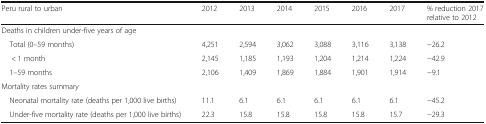
| Peru rural to urban | 2012 | 2013 | 2014 | 2015 | 2016 | 2017 | % reduction 2017 relative to 2012 |
 | --- | --- | --- | --- | --- | --- | --- | --- |
 | <COLSPAN=8> Deaths in children under-five years of age |
 | Total (0–59 months) | 4,251 | 2,594 | 3,062 | 3,088 | 3,116 | 3,138 | −26.2 |
 | < 1 month | 2,145 | 1,185 | 1,193 | 1,204 | 1,214 | 1,224 | −42.9 |
 | 1–59 months | 2,106 | 1,409 | 1,869 | 1,884 | 1,901 | 1,914 | −9.1 |
 | <COLSPAN=8> Mortality rates summary |
 | Neonatal mortality rate (deaths per 1,000 live births) | 11.1 | 6.1 | 6.1 | 6.1 | 6.1 | 6.1 | −45.2 |
 | Under-five mortality rate (deaths per 1,000 live births) | 22.3 | 15.8 | 15.8 | 15.8 | 15.8 | 15.7 | −29.3 |